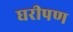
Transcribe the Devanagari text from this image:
घरीपण